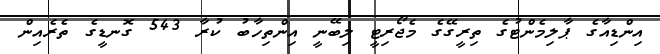
އިންޑިއާގެ ޕާލިމެންޓުގެ ތިރީގޭގެ މެޖޯރިޓީ ލިބޭނީ އިންތިހާބު ކުރާ 543 ގޮނޑީގެ ތެރެއިން